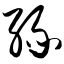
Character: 缘